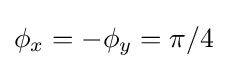
\phi _{x}=-\phi _{y}=\pi /4